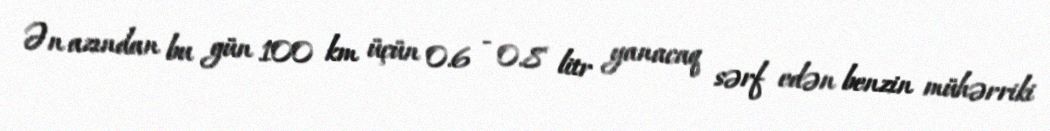
Ən azından bu gün 100 km üçün 0.6 - 0.8 litr yanacaq sərf edən benzin mühərriki